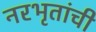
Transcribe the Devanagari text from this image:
नरभृतांची